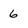
Character: 6